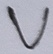
Text: V